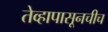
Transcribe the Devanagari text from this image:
तेव्हापासूनचीच